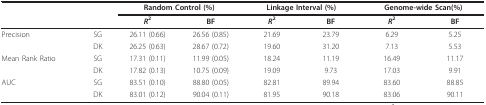
<table><thead><tr><td></td><td></td><td colspan="2"><b>Random Control (%)</b></td><td colspan="2"><b>Linkage Interval (%)</b></td><td colspan="2"><b>Genome-wide Scan(%)</b></td></tr><tr><td></td><td></td><td><b><i>R</i><sup>2</sup></b></td><td><b>BF</b></td><td><b><i>R</i><sup>2</sup></b></td><td><b>BF</b></td><td><b><i>R</i><sup>2</sup></b></td><td><b>BF</b></td></tr></thead><tbody><tr><td>Precision</td><td>SG</td><td>26.11 (0.66)</td><td>26.56 (0.85)</td><td>21.69</td><td>23.79</td><td>6.29</td><td>5.25</td></tr><tr><td></td><td>DK</td><td>26.25 (0.63)</td><td>28.67 (0.72)</td><td>19.60</td><td>31.20</td><td>7.13</td><td>5.53</td></tr><tr><td>Mean Rank Ratio</td><td>SG</td><td>17.31 (0.11)</td><td>11.99 (0.05)</td><td>18.24</td><td>11.19</td><td>16.49</td><td>11.17</td></tr><tr><td></td><td>DK</td><td>17.82 (0.13)</td><td>10.75 (0.09)</td><td>19.09</td><td>9.73</td><td>17.03</td><td>9.91</td></tr><tr><td>AUC</td><td>SG</td><td>83.51 (0.10)</td><td>88.80 (0.05)</td><td>82.81</td><td>89.94</td><td>83.60</td><td>88.85</td></tr><tr><td></td><td>DK</td><td>83.01 (0.12)</td><td>90.04 (0.11)</td><td>81.95</td><td>90.18</td><td>83.06</td><td>90.11</td></tr></tbody></table>